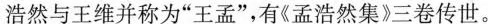
浩然与王维并称为”王孟”，有《孟浩然集》三卷传世。